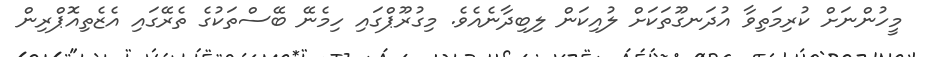
މީހުންނަށް ކުރިމަތިވާ އުދަނގޫތަކަށް ލުއިކަން ލިބިދާނެއެވެ. މިގުރޫޕްގައި ހިމެނޭ ބޭސްތަކުގެ ތެރޭގައި އެޒެތިއޮޕްރިން